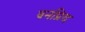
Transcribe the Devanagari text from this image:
वनप्रिय